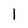
Character: 1